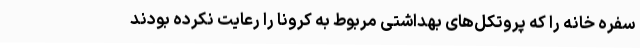
سفره خانه را که پروتکل‌های بهداشتی مربوط به کرونا را رعایت نکرده بودند